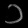
Digit: ၁